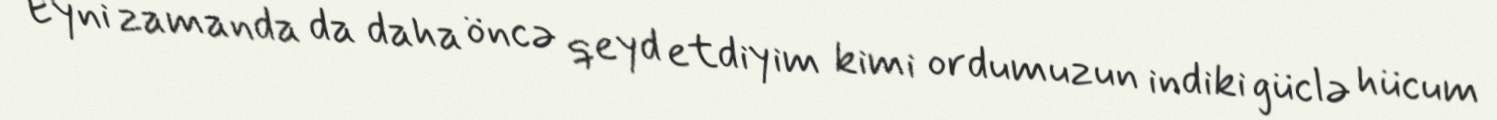
Eyni zamanda da daha öncə qeyd etdiyim kimi ordumuzun indiki güclə hücum